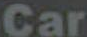
Car